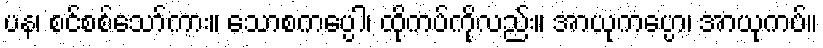
ပန၊ စင်စစ်သော်ကား။ သောစကပ္ပေါ၊ ထိုကပ်ကိုလည်း။ အာယုကပ္ပော၊ အာယုကပ်။